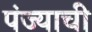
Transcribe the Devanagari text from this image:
पंज्याची